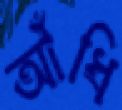
আঁধি